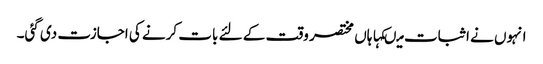
انہوں نے اثبات میںکہا ہاں مختصر وقت کے لئے بات کرنے کی اجازت دی گئی۔